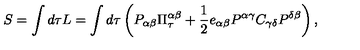
S = \int d \tau L = \int d \tau \left( P _ { \alpha \beta } \Pi _ { \tau } ^ { \alpha \beta } + { \frac { 1 } { 2 } } e _ { \alpha \beta } P ^ { \alpha \gamma } C _ { \gamma \delta } P ^ { \delta \beta } \right) ,